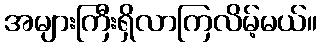
အများကြီးရှိလာကြလိမ့်မယ်။